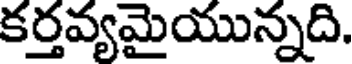
కర్తవ్యమైయున్నది.